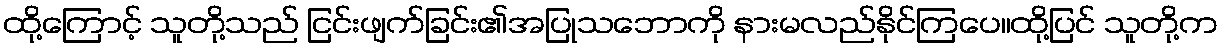
ထို့ကြောင့် သူတို့သည် ငြင်းဖျက်ခြင်း၏အပြုသဘောကို နားမလည်နိုင်ကြပေ။ထို့ပြင် သူတို့က